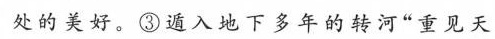
处的美好。③遁入地下多年的转河”重见天